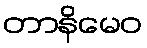
တာနိမေဝ